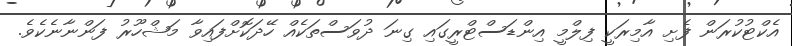
އެކްޓުކުރަން ފެށި އާމިރަކީ ފިލްމީ އިންޑަސްޓްރީގައި ގިނަ ދުވަސްތަކެއް ހޭދަކޮށްފައިވާ މަޝްހޫރު ފަންނާނެކެވެ.